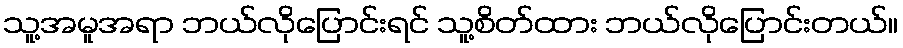
သူ့အမူအရာ ဘယ်လိုပြောင်းရင် သူ့စိတ်ထား ဘယ်လိုပြောင်းတယ်။